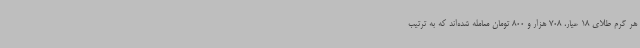
هر گرم طلای 18 عیار، 708 هزار و 800 تومان معامله شده‌اند که به ترتیب